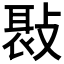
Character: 𢾸